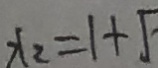
x _ { 2 } = 1 +